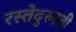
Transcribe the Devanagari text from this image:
रस्तेदुरुस्ती